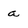
Character: a